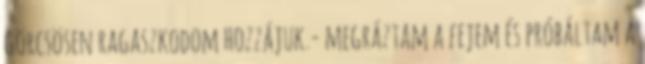
görcsösen ragaszkodom hozzájuk.- megráztam a fejem és próbáltam a